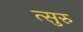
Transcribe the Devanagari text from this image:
त्सुरु